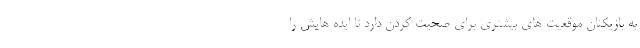
به بازیکنان موقعیت های بیشتری برای صحبت کردن دارد تا ایده هایش را